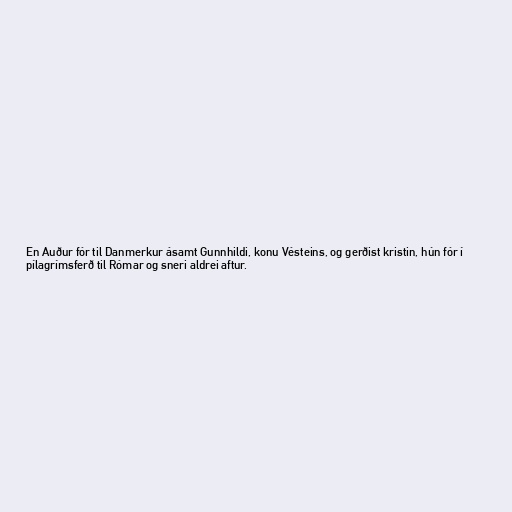
En Auður fór til Danmerkur ásamt Gunnhildi, konu Vésteins, og gerðist kristin, hún fór í
pílagrímsferð til Rómar og sneri aldrei aftur.